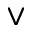
\vee